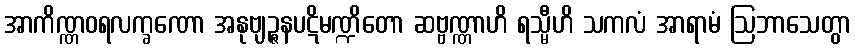
အာကိဏ္ဏဝရလက္ခဏော အနုဗျဉ္ဇနပဋိမဏ္ဍိတော ဆဗ္ဗဏ္ဏာဟိ ရသ္မီဟိ သကလံ အာရာမံ ဩဘာသေတွာ